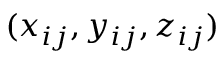
( x _ { i j } , y _ { i j } , z _ { i j } )